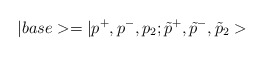
\begin{align*}|base>=|p^{+},p^{-},p_{2};\tilde{p}^{+},\tilde{p}^{-},\tilde{p}_{2}>\end{align*}